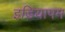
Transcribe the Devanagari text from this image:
इडियापम